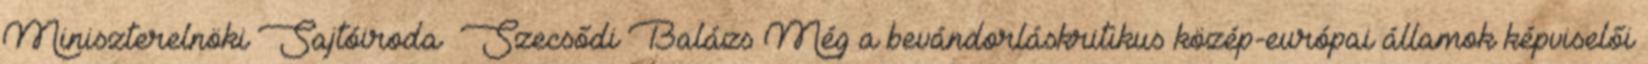
Miniszterelnöki Sajtóiroda Szecsődi Balázs Még a bevándorláskritikus közép-európai államok képviselői